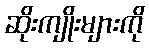
ဆိုးကျိုးများကို